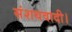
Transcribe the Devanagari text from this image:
संशयवादी।